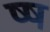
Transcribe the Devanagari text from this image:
ष्ष